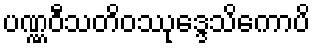
ပဏ္ဏဝီသတိဝဿုဒ္ဒေသိကောပိ